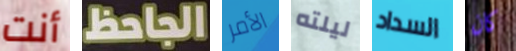
أنت الجاحظ الأمر ليلته السداد كان